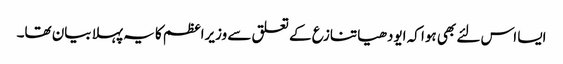
ایسا اس لئے بھی ہوا کہ ایودھیا تنازع کے تعلق سے وزیراعظم کا یہ پہلا بیان تھا۔